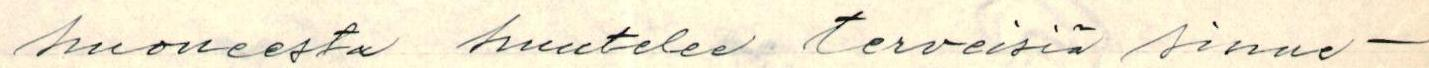
huoneesta huutelee terveisiä sinne -